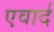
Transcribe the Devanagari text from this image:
एवार्द